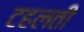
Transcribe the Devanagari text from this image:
टहलती